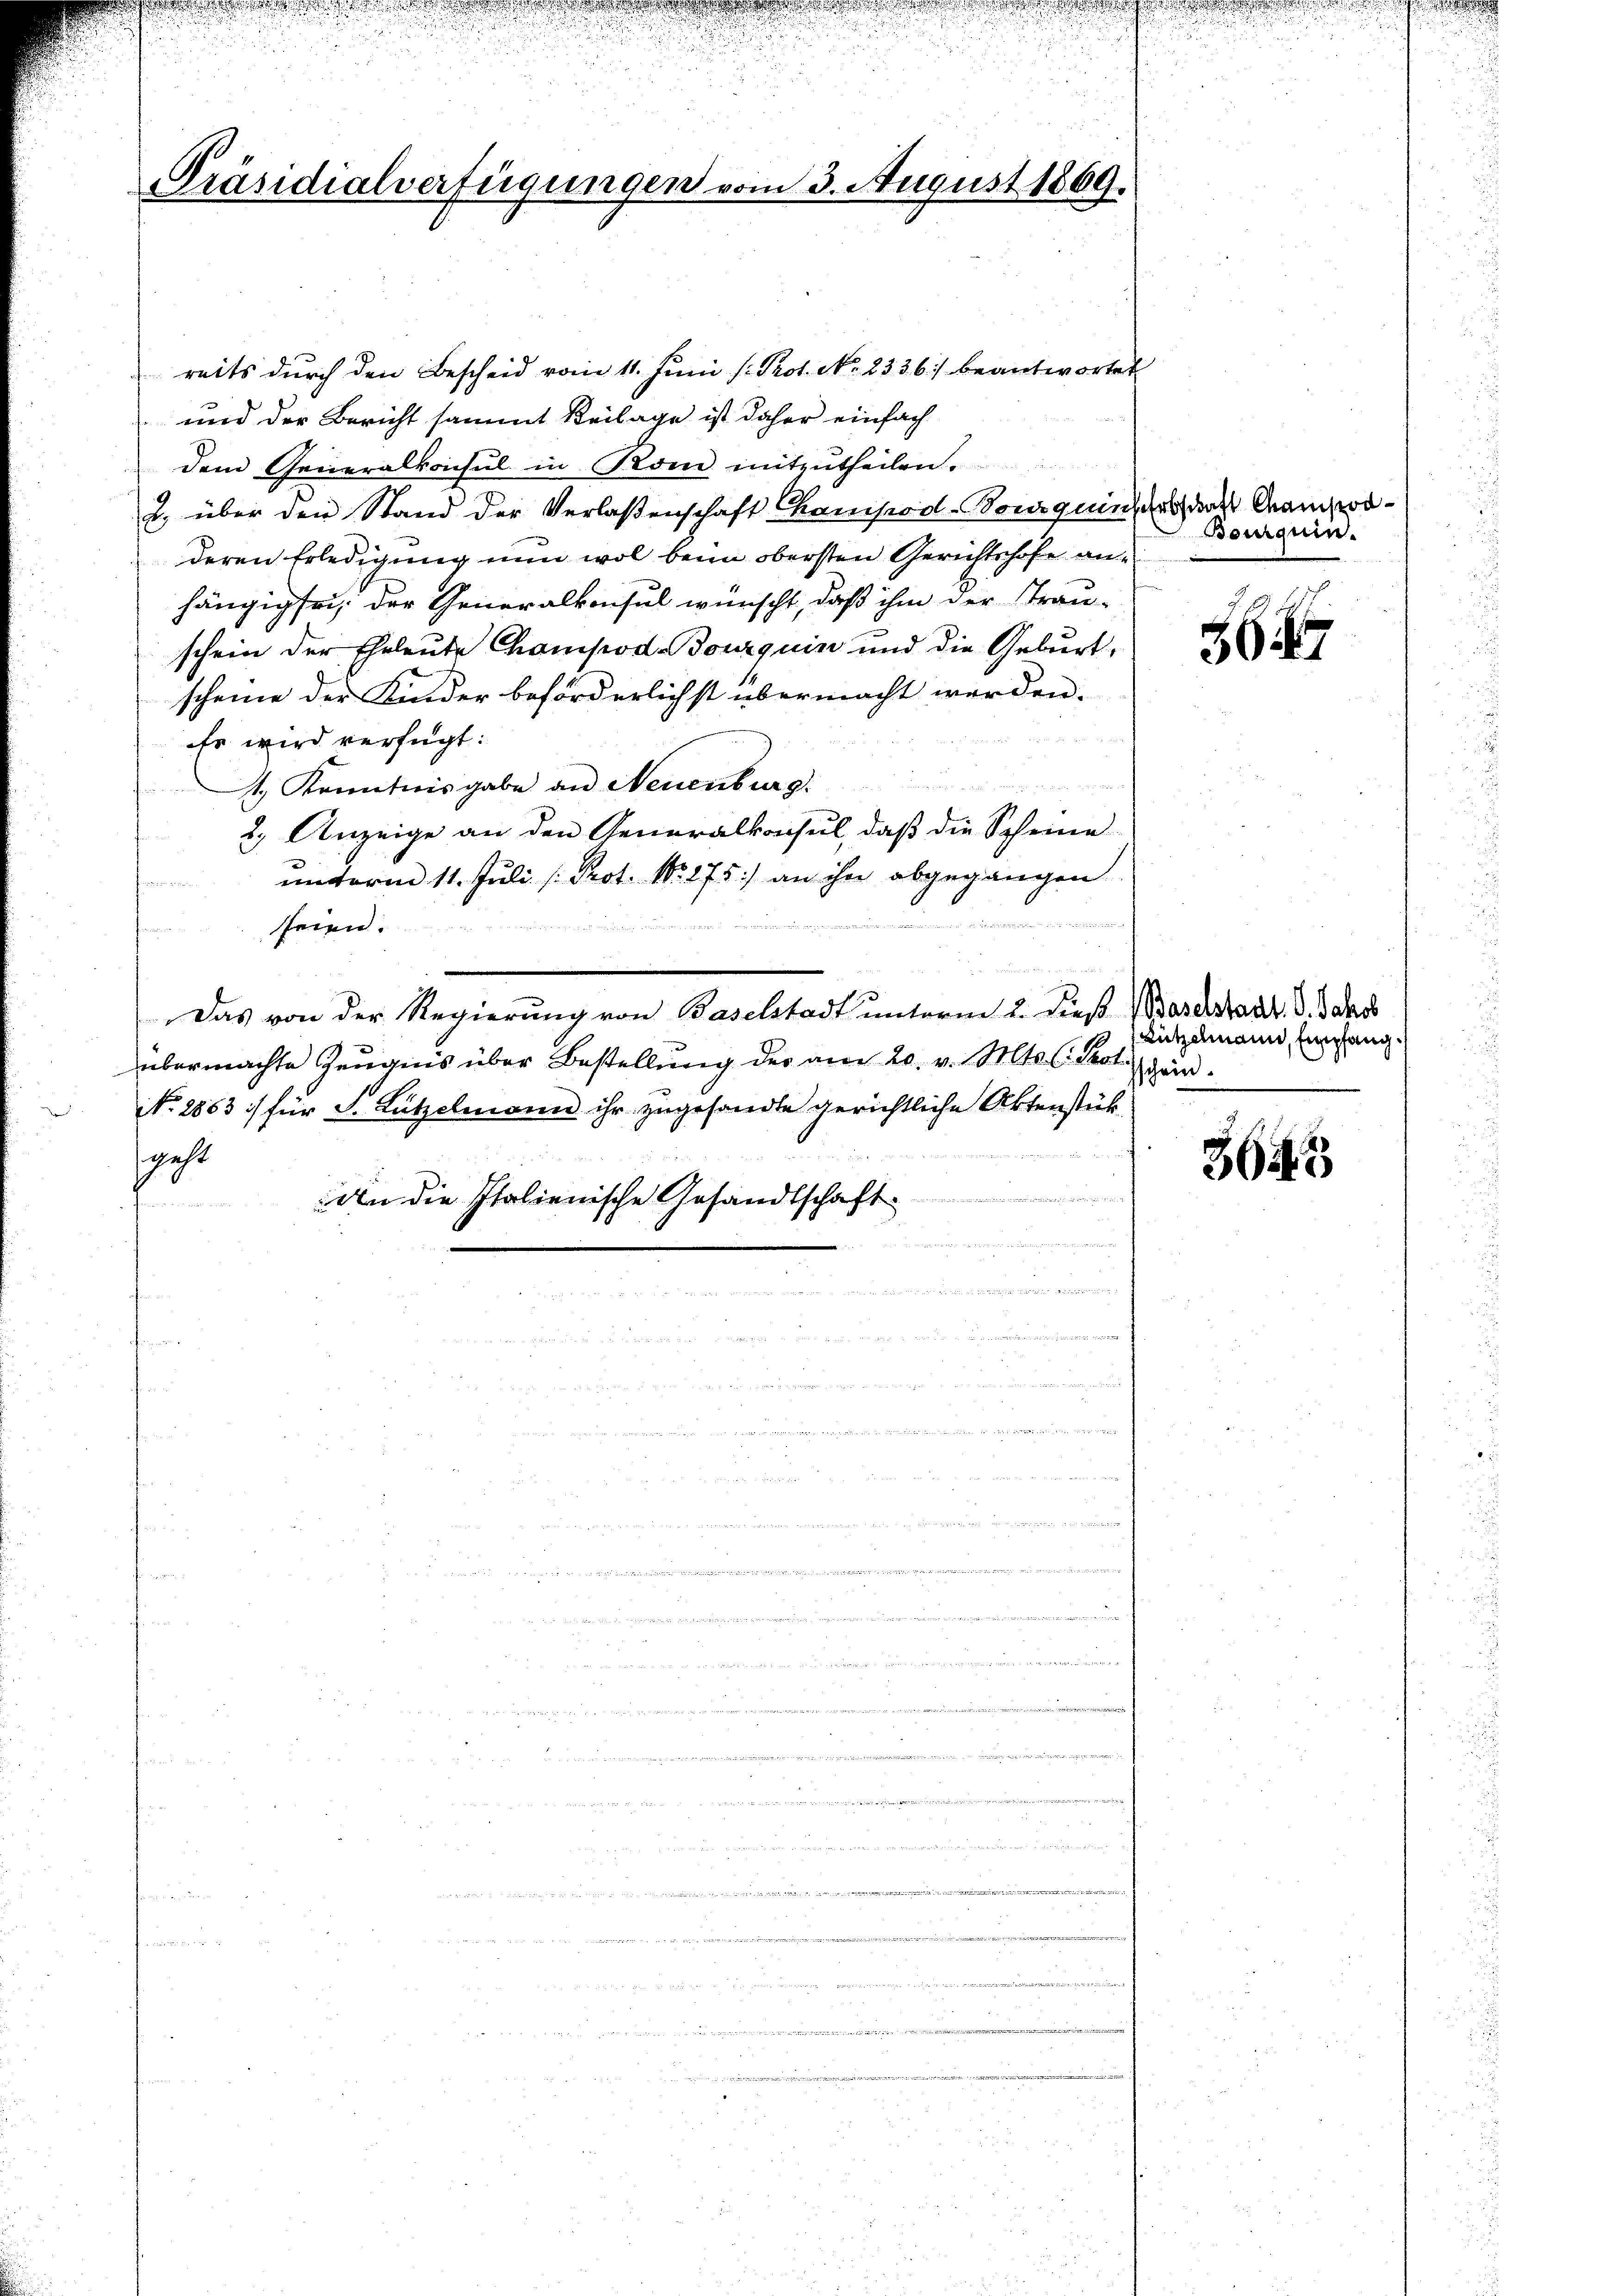
Präsidialverfügungen vor

13. August 1869.

reits durch den Bescheid vom 11. Juni /: Prot. No. 2336) beantwortet
und der Bericht sammt Beilage ist daher einfach
dem Generalkonsul in Rom mitzŭtheilen.
2. über den Stand der Verlaßenschaft Champod-Bouquin des Rampoderen Erledigung nun wol beim obersten Gerichtshofe anhängig sei, der Generalkonsul wünscht, daß ihm der Trau-
schein der Eheleute Champod. Bourquin und die Geburt,
scheine der Kinder beförderlichst übermacht werden.
Es wird verfügt:
1.) Kenntnisgabe an Neuenburg.
2.) Anzeige an den Generalkonsul, daß die Scheine
unterm 11. Juli [Prot. No. 275) an ihn abgegangen.
faren
i

seien.
Das von der Regierung von Baselstadt unterm 2. Dieß (Baselstadt. d. Jahrs
übermachte Zeugnis über Bestellung des am 20. v. Mts. (: Prot
No. 2863 :/ für J. Lützelmann ihr zugesandte gerichtliche Aktenstük
L
geht
s

An die Italienische Gesandtschaft
¬
d in anderer an sein, wenn werdent e
igen der

m

d
.

Bourquin.

e

6

Lützelmann, Empfang.
schein.

3643